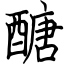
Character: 醣